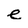
Character: e